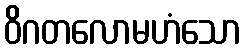
ဝိဂတလောမဟံသော